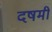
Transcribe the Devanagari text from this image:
दषमी